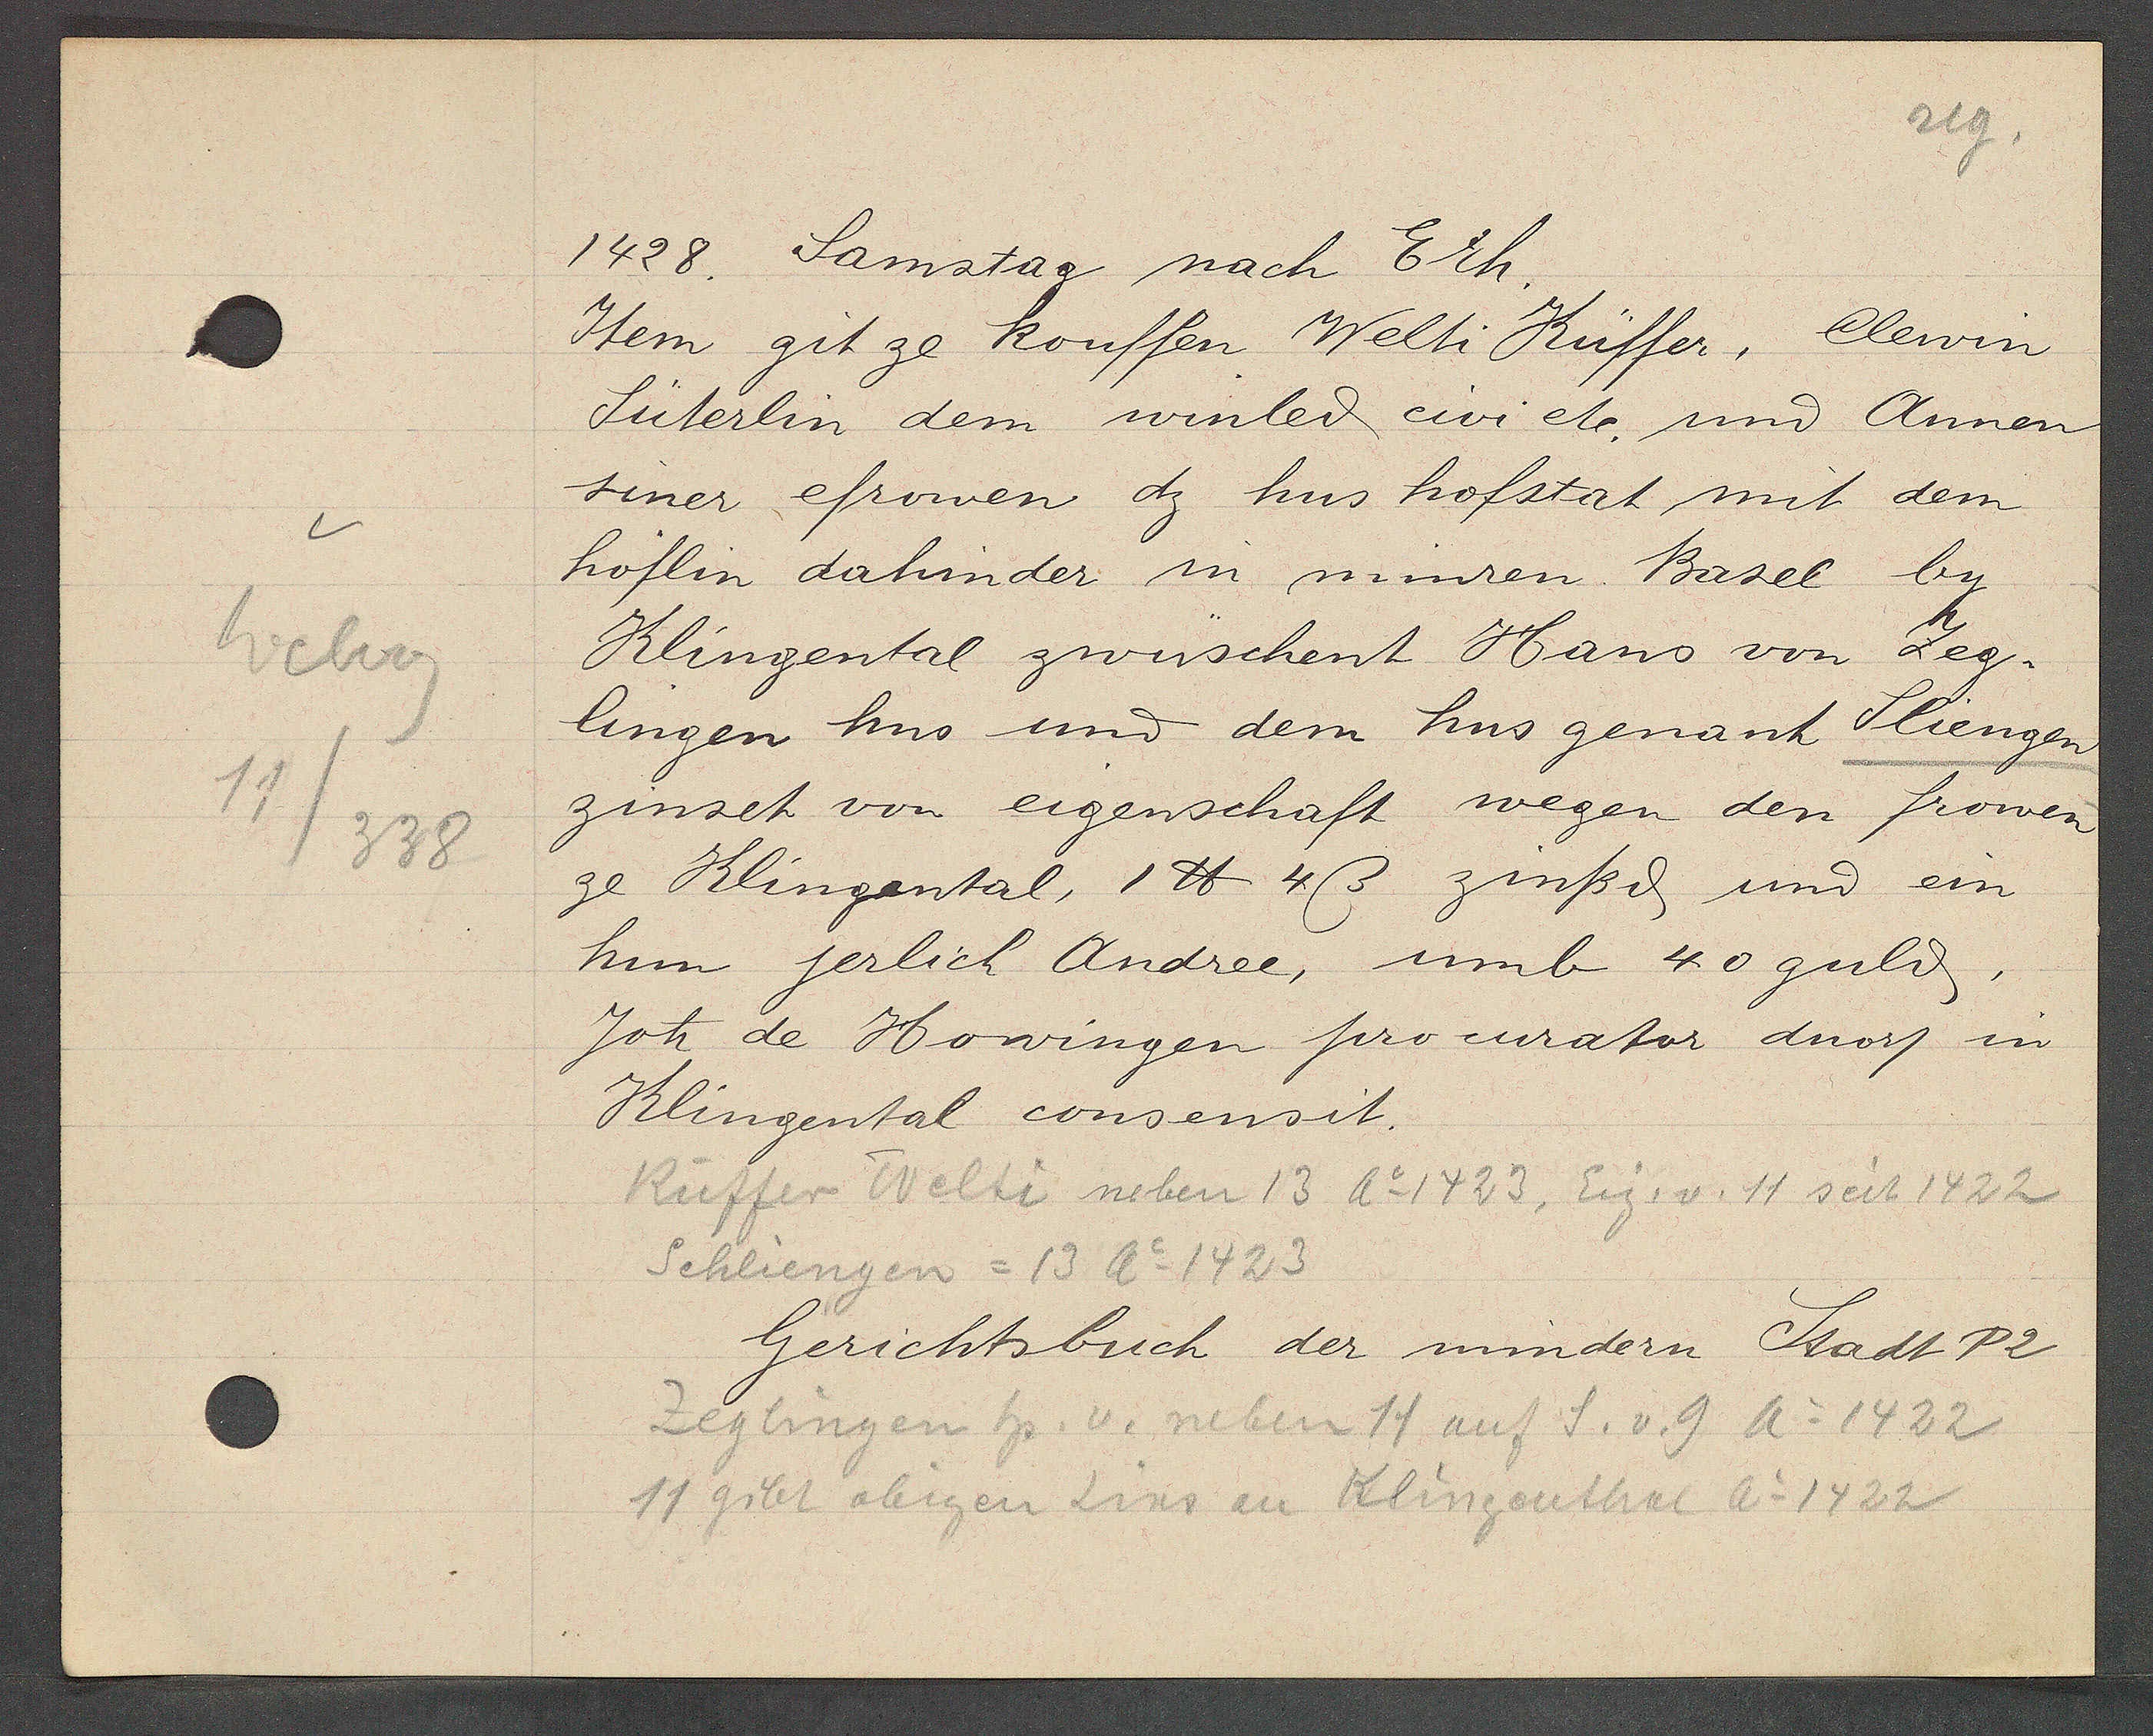
Transcript:
Weberg
11
338

1428. Samstag nach Erh.

Clewin
Item git ze kouffen Welti Küffer,
Suterlin dem winled eivi etc, und Annen
siner efrowen dz hus hofstat mit dem
höflin dahinder in minren Basel by
Klingental zwüschent Hans von Zeg.
ze Klingental, 1 ℔. 4ß zinßd und ein
zinset von eigenschaft wegen den frowen
lingen hus und dem hus genant Sliengen
hin jerlich Andree, umb 40 guld,
Joh de Howingen procurator dnors in
Klingental consensit.

Küffer Welti neben 13 Ao 1423. Eig. v. 11 seit 1422
Schliengen = 13 Ao 1423
11 gibt obigen Zins in Klingenthal Ao 1422
Zeglingen hs. v. neben 11 auf S. v. 9 Ao 1422

Gerichtsbuch der mindern Stadt P2